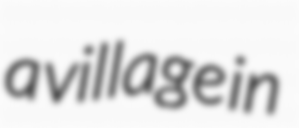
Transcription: a village in